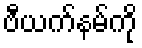
ဗီယက်နမ်ကို